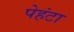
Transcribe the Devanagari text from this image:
पेहंटा